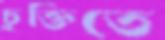
চুক্তিতে